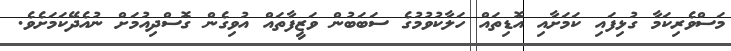
މަސްވެރިކަމާ ގުޅިފައި ކަމަށާއި އޮޑިތައް ހަލާކުވުމުގެ ސަބަބުން ވަޒީފާތައް އުވިގެން ގޮސްދިއުމަށް ނުއެދޭކަމަށެވެ.